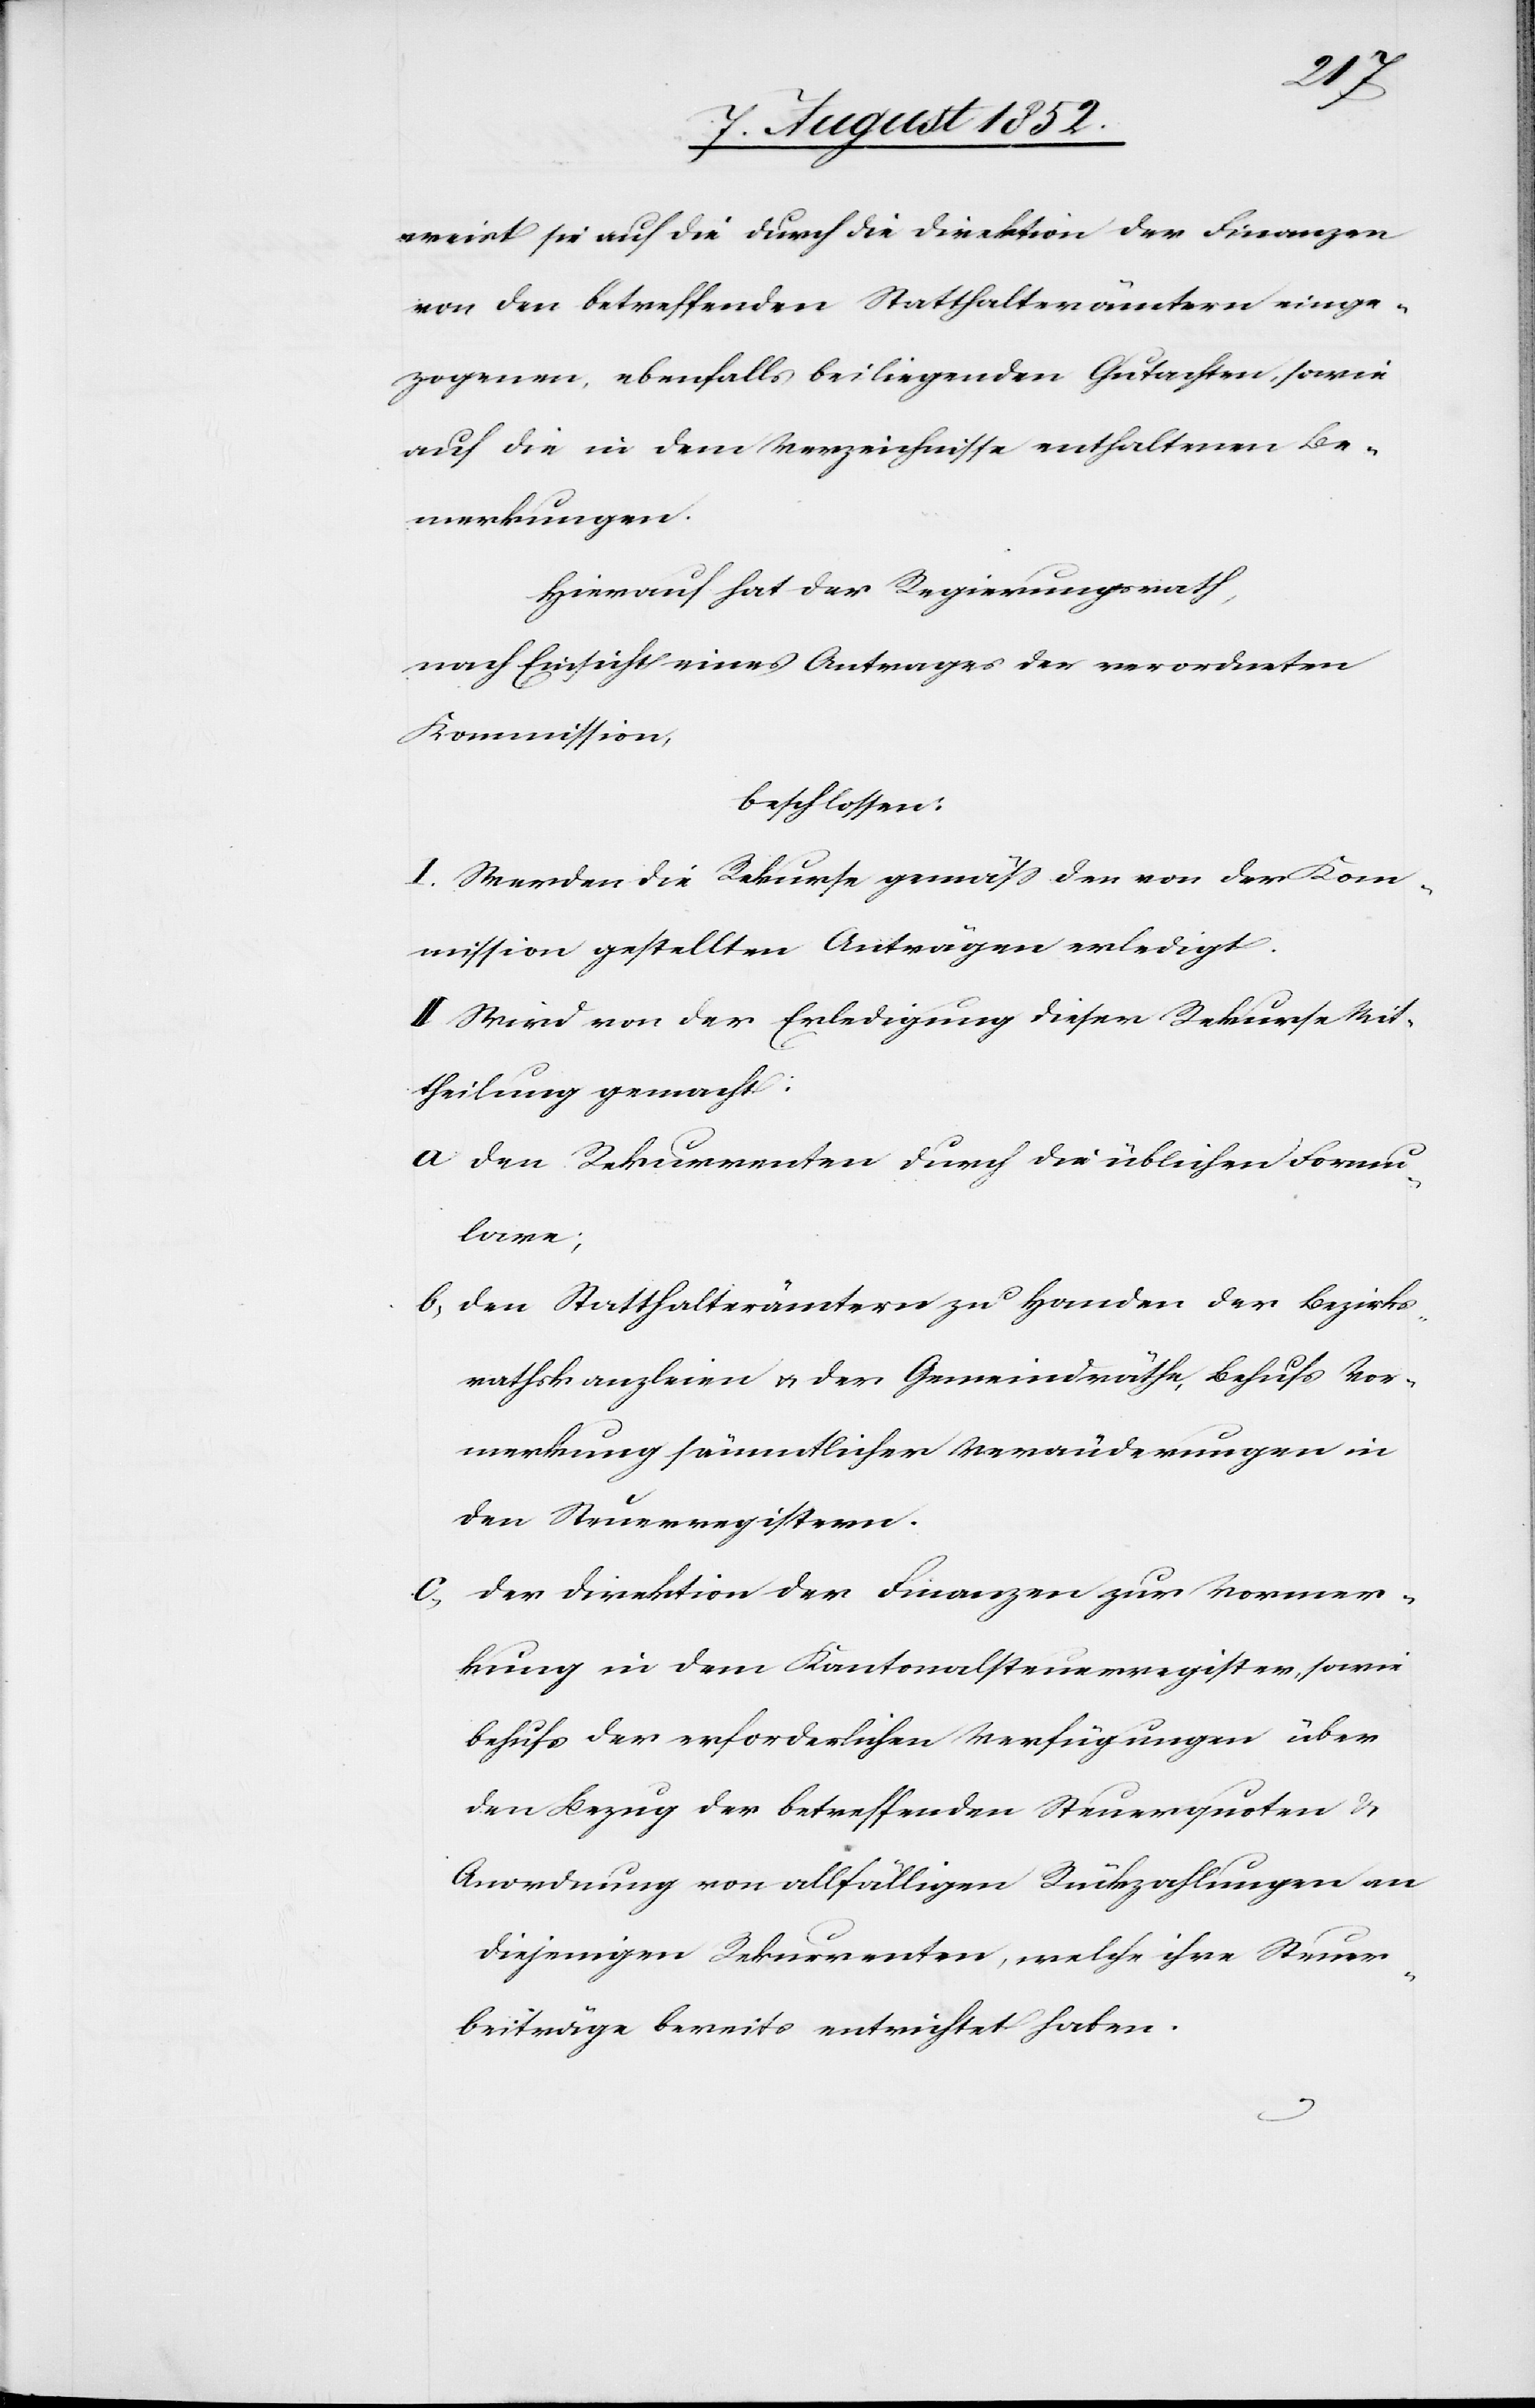
weist sie auf die durch die Direktion der Finanzen
von den betreffenden Statthalterämtern einge¬
zogenen, ebenfalls beiliegenden Gutachten, sowie
auf die in dem Verzeichnisse enthaltenen Be¬
merkungen.
Hierauf hat der Regierungsrath,
nach Einsicht eines Antrages der verordneten
Kommission,
beschlossen:
I. Werden die Rekurse gemäss den von der Kom¬
mission gestellten Anträgen erledigt.
II Wird von der Erledigung dieser Rekurse Mit¬
theilung gemacht:
den Rekurrenten durch die üblichen Formu¬
lare;
den Statthalterämtern zu Handen der Bezirks¬
rathskanzleien & der Gemeindräthe, Behufs Vor¬
merkung sämmtlicher Veränderungen in
den Steuerregistern.
der Direktion der Finanzen zur Vormer¬
kung in dem Kantonalsteuerregister, sowie
behufs der erforderlichen Verfügungen über
den Bezug der betreffenden Steuerquoten &
Anordnung von allfälligen Rückzahlungen an
diejenigen Rekurrenten, welche ihre Steuer¬
beiträge bereits entrichtet haben.